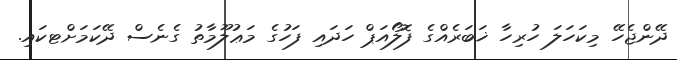
ދޭންޖެހޭ މިކަހަލަ ހުރިހާ ޚަބަރެއްގެ ފޮލޯއަޕް ހަދައި ފަހުގެ މަޢުލޫމާތު ގެނެސް ދޭކަމަށްޓކައި.